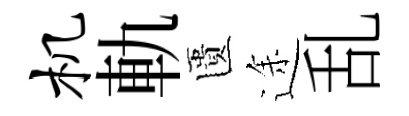
机軌匱途乱